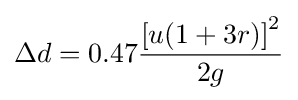
\Delta d=0.47{\frac {\left[u(1+3r)\right]^{2}}{2g}}